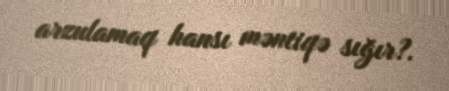
arzulamaq hansı məntiqə sığır?.